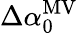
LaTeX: \Delta\alpha_{0}^{\mathrm{MV}}